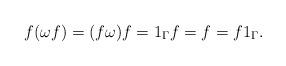
LaTeX: \begin{align*}f(\omega f) = (f \omega) f = 1_\Gamma f = f = f 1_\Gamma.\end{align*}